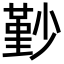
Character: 㝻